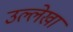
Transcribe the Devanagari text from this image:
उल्लेखा